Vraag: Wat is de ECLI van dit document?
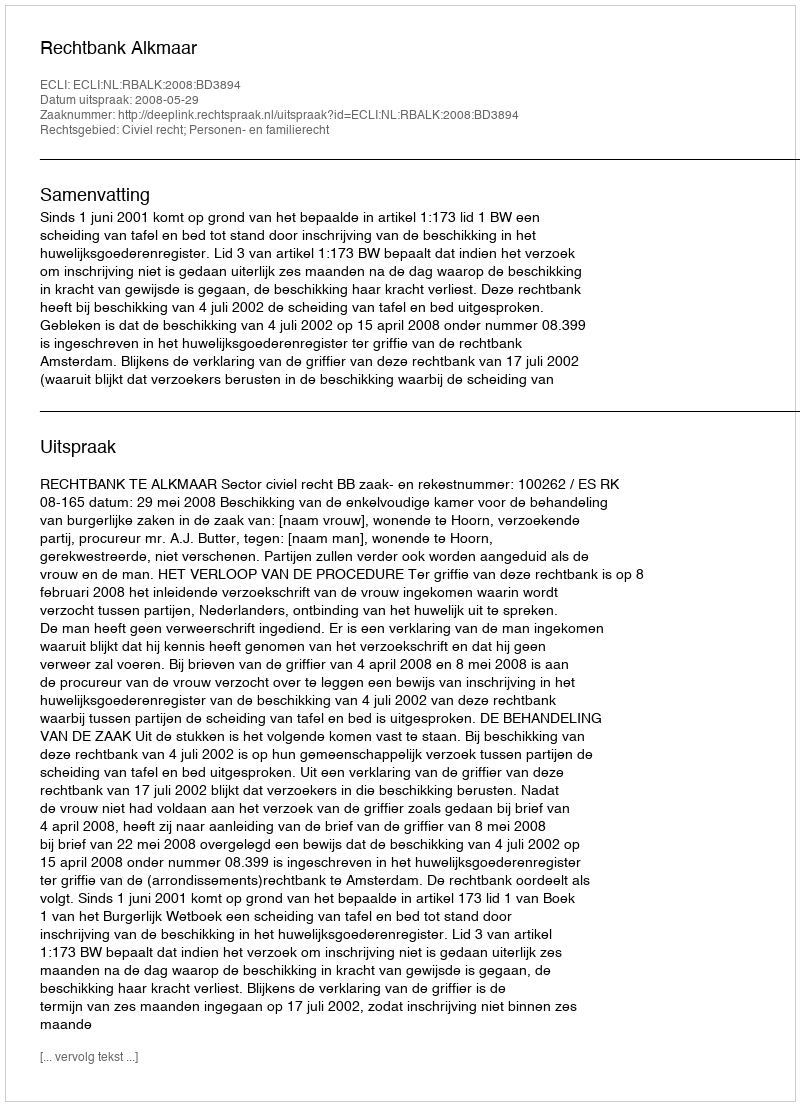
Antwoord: ECLI:NL:RBALK:2008:BD3894